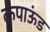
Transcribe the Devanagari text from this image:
कंपाऊंड